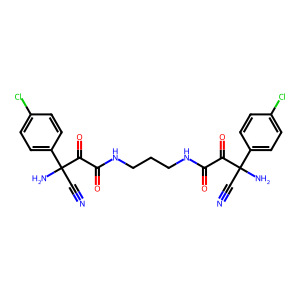
SMILES: N#CC(N)(C(=O)C(=O)NCCCNC(=O)C(=O)C(N)(C#N)c1ccc(Cl)cc1)c1ccc(Cl)cc1
Inhibits HIV replication: No